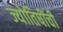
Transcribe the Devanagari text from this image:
ज्योतिषींची